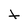
Character: t